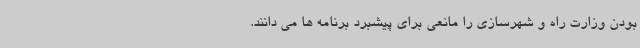
بودن وزارت راه و شهرسازی را مانعی برای پیشبرد برنامه ها می دانند.